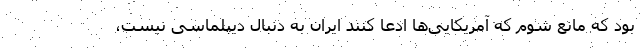
بود که مانع شوم که آمریکایی‌ها ادعا کنند ایران به دنبال دیپلماسی نیست،